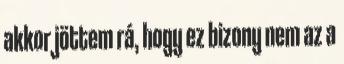
akkor jöttem rá, hogy ez bizony nem az a